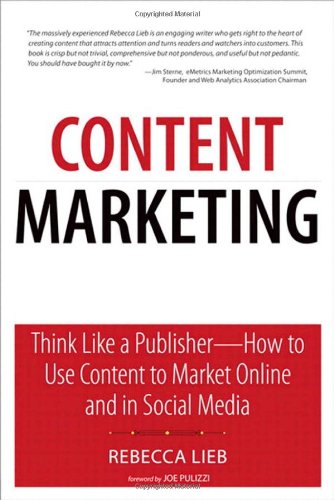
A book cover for Content Marketing: Think Like a Publisher - How to Use Content to Market Online and in Social Media (Que Biz-Tech); Rebecca Lieb; Computers & Technology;